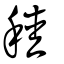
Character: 稑